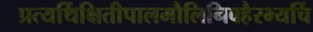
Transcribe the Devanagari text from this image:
प्रत्यर्थिक्षितीपालमौलिनिवहैरभ्यर्चि